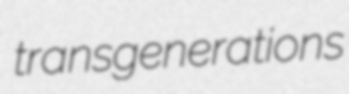
transgenerations